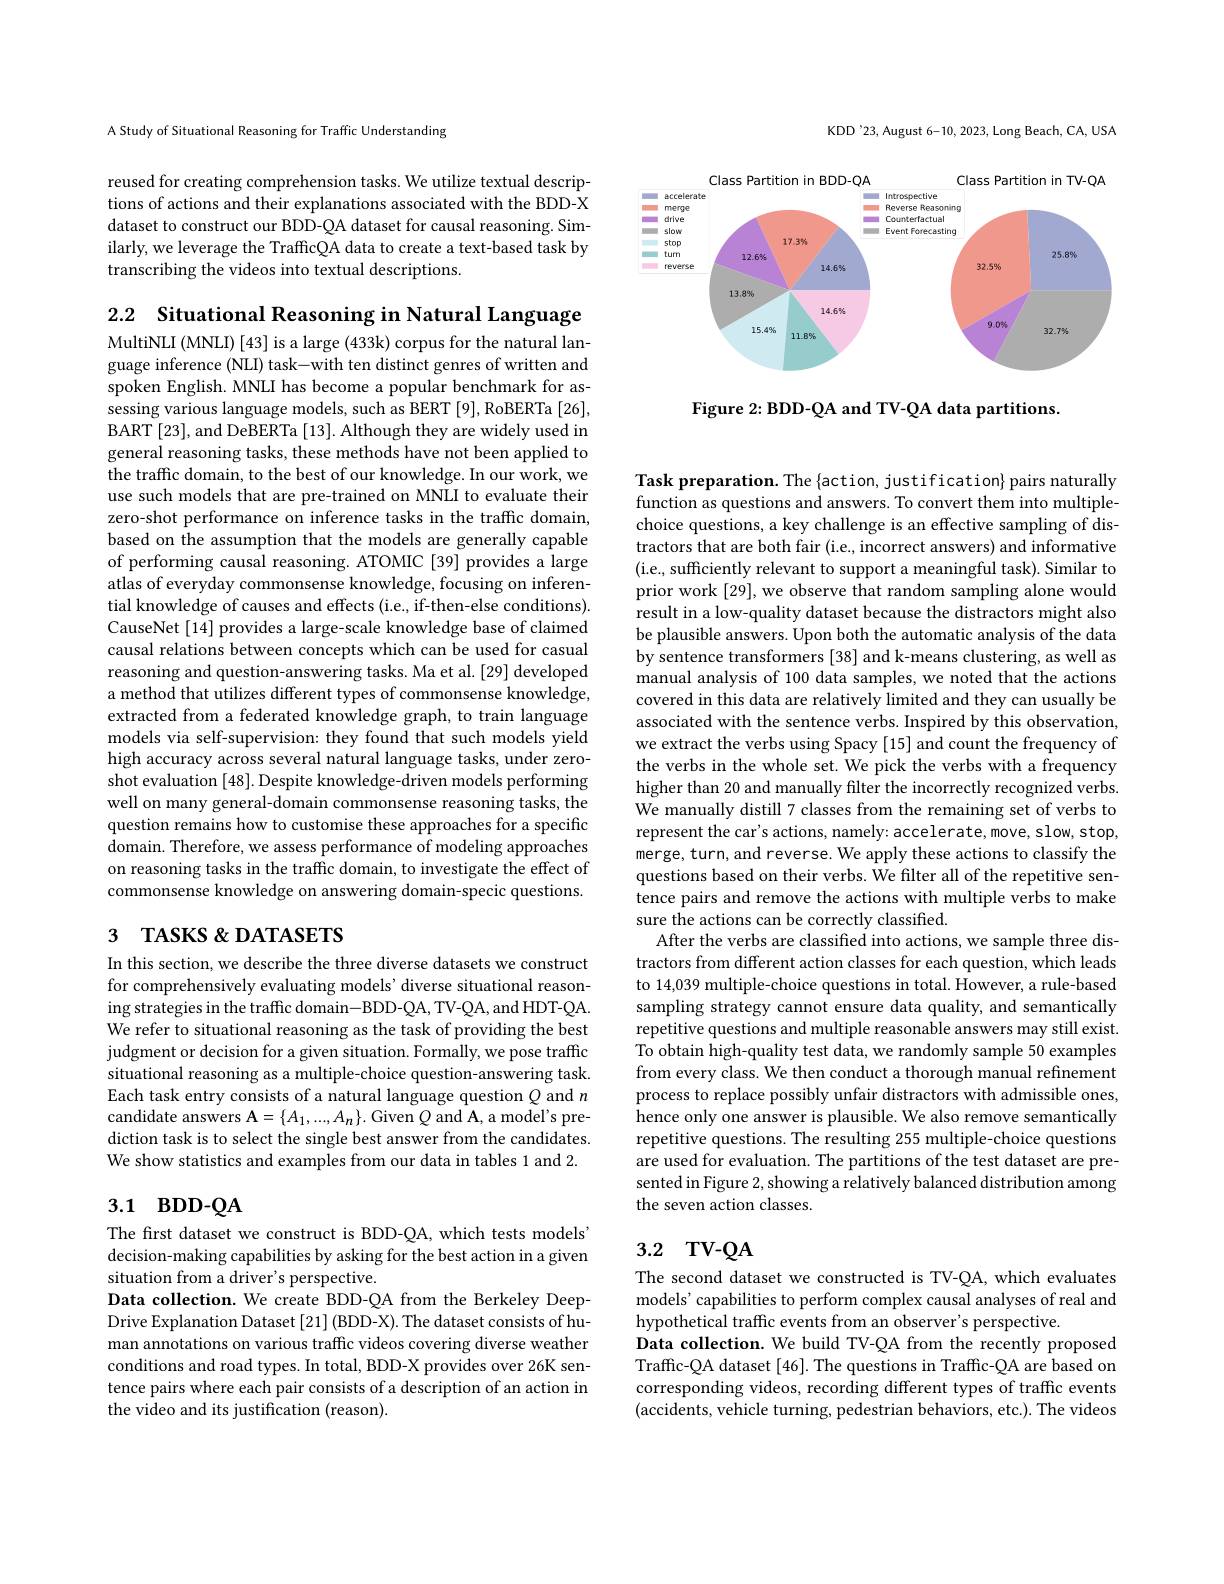
A Study of Situational Reasoning for Traffic Understanding

reused for creating comprehension tasks. We utilize textual descriptions of actions and their explanations associated with the BDD-X dataset to construct our BDD-QA dataset for causal reasoning. Similarly, we leverage the TrafficQA data to create a text-based task by transcribing the videos into textual descriptions.

KDD'23, August 6-10, 2023, Long Beach, CA, USA

<FigureHere>

Figure 2: BDD-QA and TV-QA data partitions.

2.2 Situational Reasoning in Natural Language MultiNLI (MNLI) [43] is a large (433k) corpus for the natural language inference (NLI) task-with ten distinct genres of written and spoken English. MNLI has become a popular benchmark for assessing various language models, such as BERT [9], RoBERTa [26], BART [23], and DeBERTa [13]. Although they are widely used in general reasoning tasks, these methods have not been applied to the traffic domain, to the best of our knowledge. In our work, we use such models that are pre-trained on MNLI to evaluate their zero-shot performance on inference tasks in the traffic domain, based on the assumption that the models are generally capable of performing causal reasoning. ATOMIC [39] provides a large atlas of everyday commonsense knowledge, focusing on inferential knowledge of causes and effects (i.e., if-then-else conditions). CauseNet [14] provides a large-scale knowledge base of claimed causal relations between concepts which can be used for casual reasoning and question-answering tasks. Ma et al. [29] developed a method that utilizes different types of commonsense knowledge, extracted from a federated knowledge graph, to train language models via self-supervision: they found that such models yield high accuracy across several natural language tasks, under zeroshot evaluation [48]. Despite knowledge-driven models performing well on many general-domain commonsense reasoning tasks, the question remains how to customise these approaches for a specific domain. Therefore, we assess performance of modeling approaches on reasoning tasks in the traffic domain, to investigate the effect of commonsense knowledge on answering domain-specic questions.

# 3 TASKS &DATASETS

In this section, we describe the three diverse datasets we construct for comprehensively evaluating models' diverse situational reasoning strategies in the traffic domain-BDD-QA, TV-QA, and HDT-QA. We refer to situational reasoning as the task of providing the best judgment or decision for a given situation. Formally, we pose traffic situational reasoning as a multiple-choice question-answering task. Each task entry consists of a natural language question $Q$ and $n$ candidate answers $\mathbf{A}=\{A_1,...,A_n\}.$ Given $Q$ and A, a model's prediction task is to select the single best answer from the candidates. We show statistics and examples from our data in tables 1 and 2.

## 3.1 BDD-QA

The first dataset we construct is BDD-QA, which tests models' decision-making capabilities by asking for the best action in a given situation from a driver's perspective.
Data collection. We create BDD-QA from the Berkeley DeepDrive Explanation Dataset [21] (BDD-X). The dataset consists of human annotations on various traffc videos covering diverse weather conditions and road types. In total, BDD-X provides over 26K sentence pairs where each pair consists of a description of an action in the video and its justification (reason).

Task preparation. The{action, justification} pairs naturally function as questions and answers. To convert them into multiplechoice questions, a key challenge is an effective sampling of distractors that are both fair (i.e., incorrect answers) and informative (i.e., sufficiently relevant to support a meaningful task). Similar to prior work[29], we observe that random sampling alone would result in a low-quality dataset because the distractors might also be plausible answers. Upon both the automatic analysis of the data by sentence transformers [38] and k-means clustering, as well as manual analysis of 100 data samples, we noted that the actions covered in this data are relatively limited and they can usually be associated with the sentence verbs. Inspired by this observation, we extract the verbs using Spacy [15] and count the frequency of the verbs in the whole set. We pick the verbs with a frequency higher than 20 and manually filter the incorrectly recognized verbs. We manually distill 7 classes from the remaining set of verbs to represent the car's actions, namely: accelerate, move, slow, stop, merge, turn, and reverse. We apply these actions to classify the questions based on their verbs. We filter all of the repetitive sentence pairs and remove the actions with multiple verbs to make sure the actions can be correctly classified.
After the verbs are classified into actions, we sample three distractors from different action classes for each question, which leads to 14,039 multiple-choice questions in total. However, a rule-based sampling strategy cannot ensure data quality, and semantically repetitive questions and multiple reasonable answers may still exist. To obtain high-quality test data, we randomly sample 50 examples from every class. We then conduct a thorough manual refinement process to replace possibly unfair distractors with admissible ones, hence only one answer is plausible. We also remove semantically repetitive questions. The resulting 255 multiple-choice questions are used for evaluation. The partitions of the test dataset are presented in Figure 2, showing a relatively balanced distribution among the seven action classes.

# 3.2 TV-QA

The second dataset we constructed is TV-QA, which evaluates models' capabilities to perform complex causal analyses of real and hypothetical traffic events from an observer's perspective.
Data collection. We build TV-QA from the recently proposed Traffic-QA dataset [46]. The questions in Traffic-QA are based on corresponding videos, recording different types of traffic events (accidents, vehicle turning, pedestrian behaviors, etc.). The videos